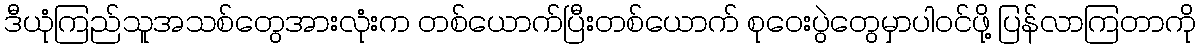
ဒီယုံကြည်သူအသစ်တွေအားလုံးက တစ်ယောက်ပြီးတစ်ယောက် စုဝေးပွဲတွေမှာပါဝင်ဖို့ ပြန်လာကြတာကို